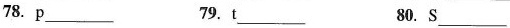
78. p___ 79. t___ 80. S___